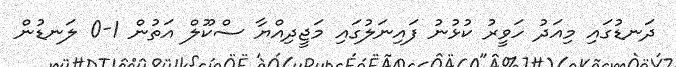
ދަނޑުގައި މިއަދު ހަވީރު ކުޅުނު ފައިނަލުގައި މަޖީދިއްޔާ ސްކޫލް އަތުން 1-0 ލަނޑުން